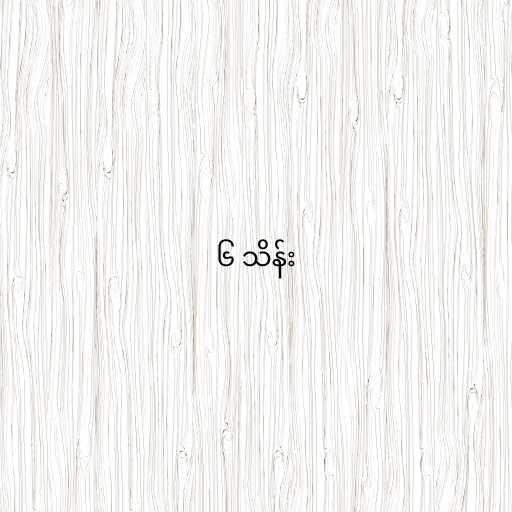
၆ သိန်း